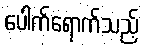
ပေါက်ရောက်သည့်